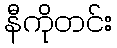
နီကိုတင်း